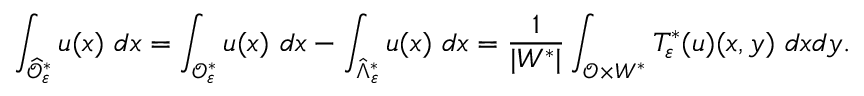
\int _ { \widehat { { \mathcal { O } } } _ { \varepsilon } ^ { * } } u ( x ) \ d x = \int _ { { \mathcal { O } } _ { \varepsilon } ^ { * } } u ( x ) \ d x - \int _ { \hat { \Lambda } _ { \varepsilon } ^ { * } } u ( x ) \ d x = \frac { 1 } { | W ^ { * } | } \int _ { { \mathcal { O } } \times W ^ { * } } T _ { \varepsilon } ^ { * } ( u ) ( x , y ) \ d x d y .